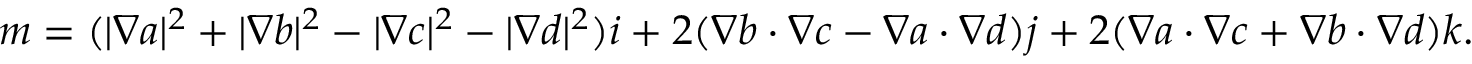
\boldsymbol { m } = ( | \boldsymbol { \nabla } a | ^ { 2 } + | \boldsymbol { \nabla } b | ^ { 2 } - | \boldsymbol { \nabla } c | ^ { 2 } - | \boldsymbol { \nabla } d | ^ { 2 } ) \boldsymbol { i } + 2 ( \boldsymbol { \nabla } b \cdot \boldsymbol { \nabla } c - \boldsymbol { \nabla } a \cdot \boldsymbol { \nabla } d ) \boldsymbol { j } + 2 ( \boldsymbol { \nabla } a \cdot \boldsymbol { \nabla } c + \boldsymbol { \nabla } b \cdot \boldsymbol { \nabla } d ) \boldsymbol { k } .